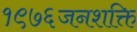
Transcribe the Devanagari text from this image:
१९७६जनशक्ति